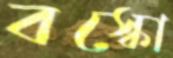
বস্কো